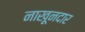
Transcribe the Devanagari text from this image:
नाखूनदार